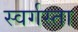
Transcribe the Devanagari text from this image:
स्वर्गस्ता